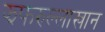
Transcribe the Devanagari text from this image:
झफरुल्लाखान